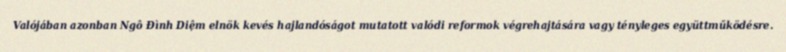
Valójában azonban Ngô Đình Diệm elnök kevés hajlandóságot mutatott valódi reformok végrehajtására vagy tényleges együttműködésre.